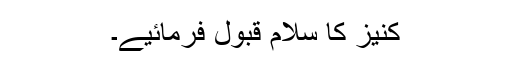
کنیز کا سلام قبول فرمائیے۔